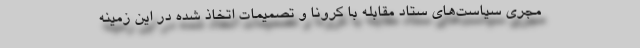
مجری سیاست‌های ستاد مقابله با کرونا و تصمیمات اتخاذ شده در این زمینه